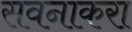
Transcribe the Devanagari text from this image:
सवनाकरा